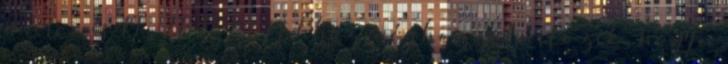
március 19., 21:48 CET Ehhez még hozzátartozik, hogy a